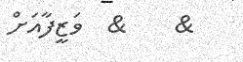
&    &  ވަޒީފާއަށް